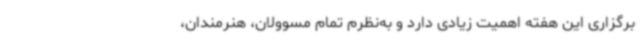
برگزاری این هفته اهمیت زیادی دارد و به‌نظرم تمام مسوولان، هنرمندان،